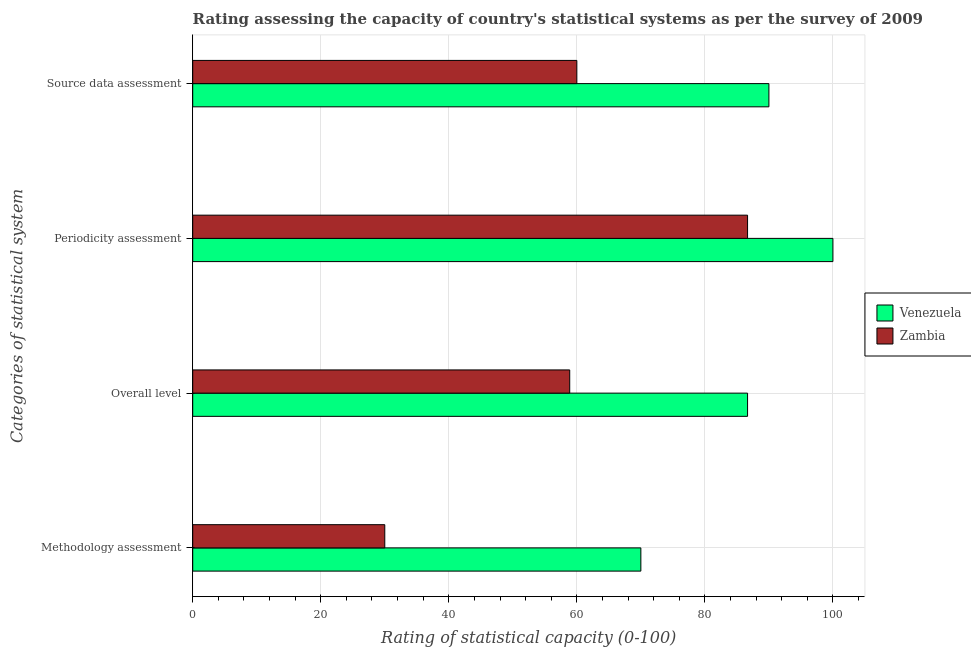
| Categories of statistical system | Venezuela | Zambia |
 | --- | --- | --- |
 | Methodology assessment | 70 | 30 |
 | Overall level | 86.7 | 58.9 |
 | Periodicity assessment | 100 | 86.7 |
 | Source data assessment | 90 | 60 |